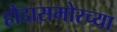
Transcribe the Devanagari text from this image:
हौदासमोरच्या